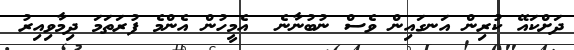
ދަށްކައޭ ކުރިން އަނގައިން ވެސް ނުބުނާނެ  އެމީހުން އެންމެ ފުރަތަމަ ދިމާވިއިރު